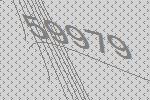
59979